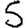
Digit: 5